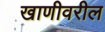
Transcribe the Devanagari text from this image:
खाणीवरील